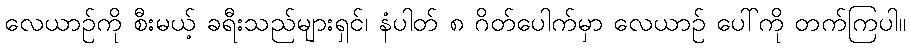
လေယာဉ်ကို စီးမယ့် ခရီးသည်များရှင်၊ နံပါတ် ၈ ဂိတ်ပေါက်မှာ လေယာဉ် ပေါ်ကို တက်ကြပါ။